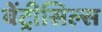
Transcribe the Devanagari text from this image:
बेंट्रीसिल्स